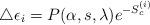
LaTeX: \begin{align*}\triangle\epsilon_i = P(\alpha, s, \lambda) e^{-S^{(i)}_c}\end{align*}